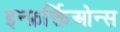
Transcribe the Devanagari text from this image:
इन्फ़र्क्तिओन्स